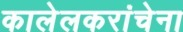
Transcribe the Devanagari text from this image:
कालेलकरांचेना